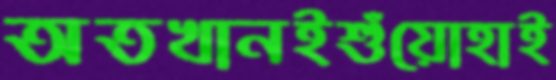
অতখানইশুঁয়োহাই